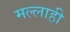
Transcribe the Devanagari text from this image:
मल्लाही